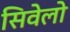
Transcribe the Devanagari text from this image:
सिवेलो